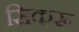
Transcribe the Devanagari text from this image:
सिकरू